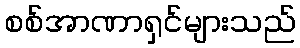
စစ်အာဏာရှင်များသည်